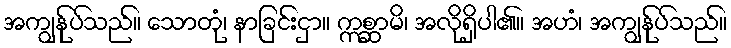
အကျွန်ုပ်သည်။ သောတုံ၊ နာခြင်းငှာ။ ဣစ္ဆာမိ၊ အလိုရှိပါ၏။ အဟံ၊ အကျွန်ုပ်သည်။